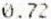
0.72